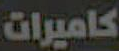
كاميرات